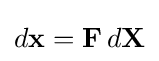
d\mathbf {x} =\mathbf {F} \,d\mathbf {X} \,\!